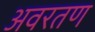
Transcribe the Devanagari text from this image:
अवरतण